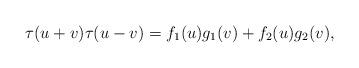
LaTeX: \begin{align*}\tau(u+v)\tau(u-v)=f_1(u)g_1(v)+f_2(u)g_2(v),\end{align*}